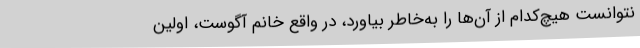
نتوانست هیچ‌کدام از آن‌ها را به‌خاطر بیاورد، در واقع خانم آگوست، اولین